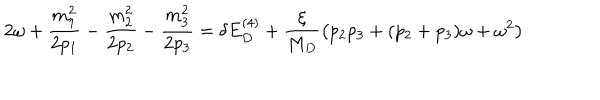
2 \omega + \frac { m _ { 1 } ^ { 2 } } { 2 p _ { 1 } } - \frac { m _ { 2 } ^ { 2 } } { 2 p _ { 2 } } - \frac { m _ { 3 } ^ { 2 } } { 2 p _ { 3 } } = \delta E _ { D } ^ { ( 4 ) } + \frac { \xi } { M _ { D } } \left( p _ { 2 } p _ { 3 } + ( p _ { 2 } + p _ { 3 } ) \omega + \omega ^ { 2 } \right)